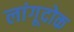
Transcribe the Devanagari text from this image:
लांगूदोक